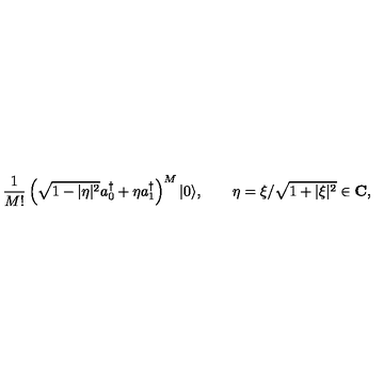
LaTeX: { \frac { 1 } { M ! } } \left( \sqrt { 1 - | \eta | ^ { 2 } } a _ { 0 } ^ { \dagger } + \eta a _ { 1 } ^ { \dagger } \right) ^ { M } | 0 \rangle , \qquad \eta = \xi / \sqrt { 1 + | \xi | ^ { 2 } } \in \mathbf { C } ,